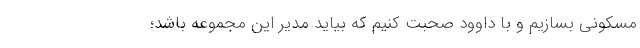
مسکونی بسازیم و با داوود صحبت کنیم که بیاید مدیر این مجموعه باشد؛